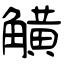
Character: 觵